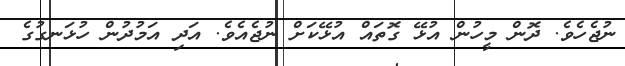
ނުޖެހެވެ. ދޮން މީހުން އުޅޭ ގޮތައް އުޅޭކަށް ނުޖެއެވެ. އަދި އަމުދުން ހުޅަނގުގެ